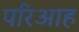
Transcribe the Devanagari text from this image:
परिआह